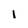
Character: i